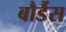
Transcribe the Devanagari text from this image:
बौर्डैस